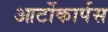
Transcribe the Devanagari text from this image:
आर्टोकार्पस